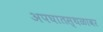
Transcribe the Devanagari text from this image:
अपघातस्थळावर